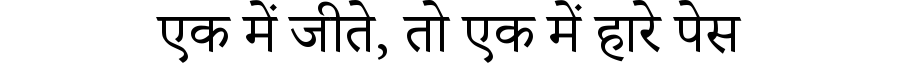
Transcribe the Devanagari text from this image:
एक में जीते, तो एक में हारे पेस